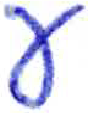
אות: ע